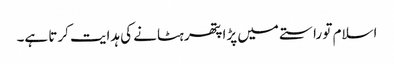
اسلام تو راستے میں پڑا پتھر ہٹانے کی ہدایت کرتا ہے۔